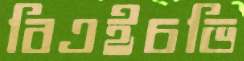
বিএইচভি